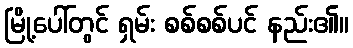
မြို့ပေါ်တွင် ရှမ်း စစ်စစ်ပင် နည်း၏။